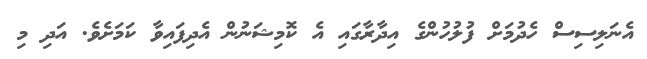
އެނަލިސިސް ހެދުމަށް ފުލުހުންގެ އިދާރާގައި އެ ކޮމިޝަނުން އެދިފައިވާ ކަމަށެވެ. އަދި މި